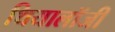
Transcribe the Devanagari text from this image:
थियालॉजी